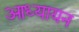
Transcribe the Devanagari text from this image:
आध्यायन